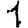
Digit: 1